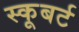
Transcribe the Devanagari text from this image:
स्कूबर्ट